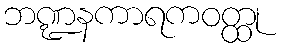
ဘဏ္ဍနကာရကဝတ္ထု